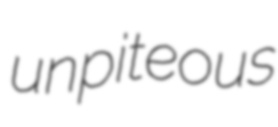
unpiteous